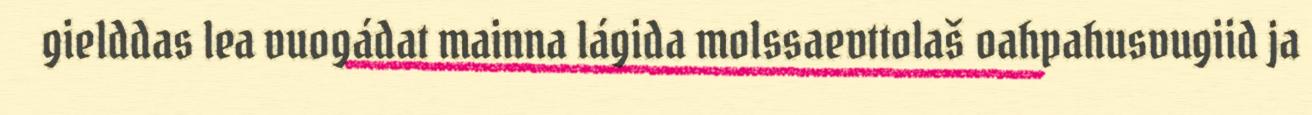
gielddas lea vuogádat mainna lágida molssaevttolaš oahpahusvugiid ja